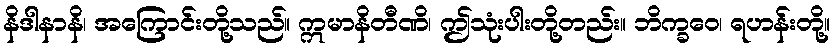
နိဒါနာနိ၊ အကြောင်းတို့သည်။ ဣမာနိတီဏိ၊ ဤသုံးပါးတို့တည်း။ ဘိက္ခဝေ၊ ရဟန်းတို့။